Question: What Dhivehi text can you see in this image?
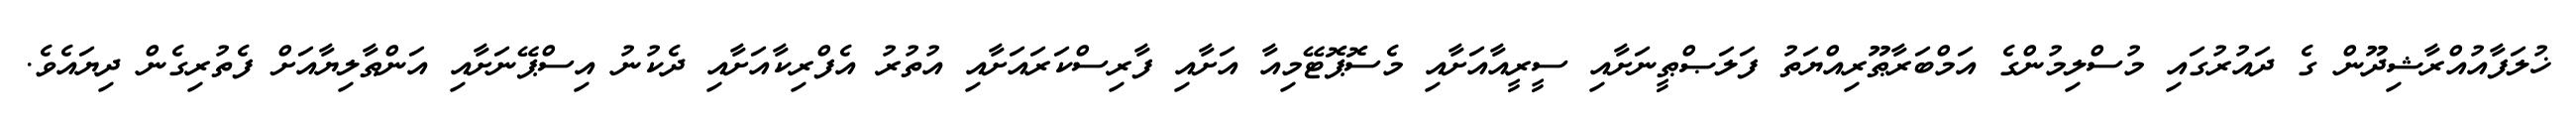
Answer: ޚުލަފާއުއްރާޝިދޫން ގެ ދައުރުގައި މުސްލިމުންގެ އަމްބަރާޠޫރިއްޔަތު ފަލަޞްޠީނަށާއި ސީރީއާއަށާއި މެސޮޕޮޓޭމިއާ އަށާއި ފާރިސްކަރައަށާއި އުތުރު އެފްރިކާއަށާއި ދެކުނު އިސްޕޭނަށާއި އަންޠާލިޔާއަށް ފެތުރިގެން ދިޔައެވެ.